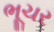
ભૂચર